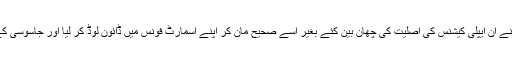
فوج کے تمام افسروں اور ملازموں نے ان ایپلی کیشنس کی اصلیت کی چھان بین کئے بغیر اسے صحیح مان کر اپنے اسمارٹ فونس میں ڈائون لوڈ کر لیا اور جاسوسی کے ٹریپ میں آسانی سے پھنس گئے۔